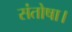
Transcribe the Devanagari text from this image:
संतोषा।